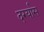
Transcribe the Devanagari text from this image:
दर्ग्यास